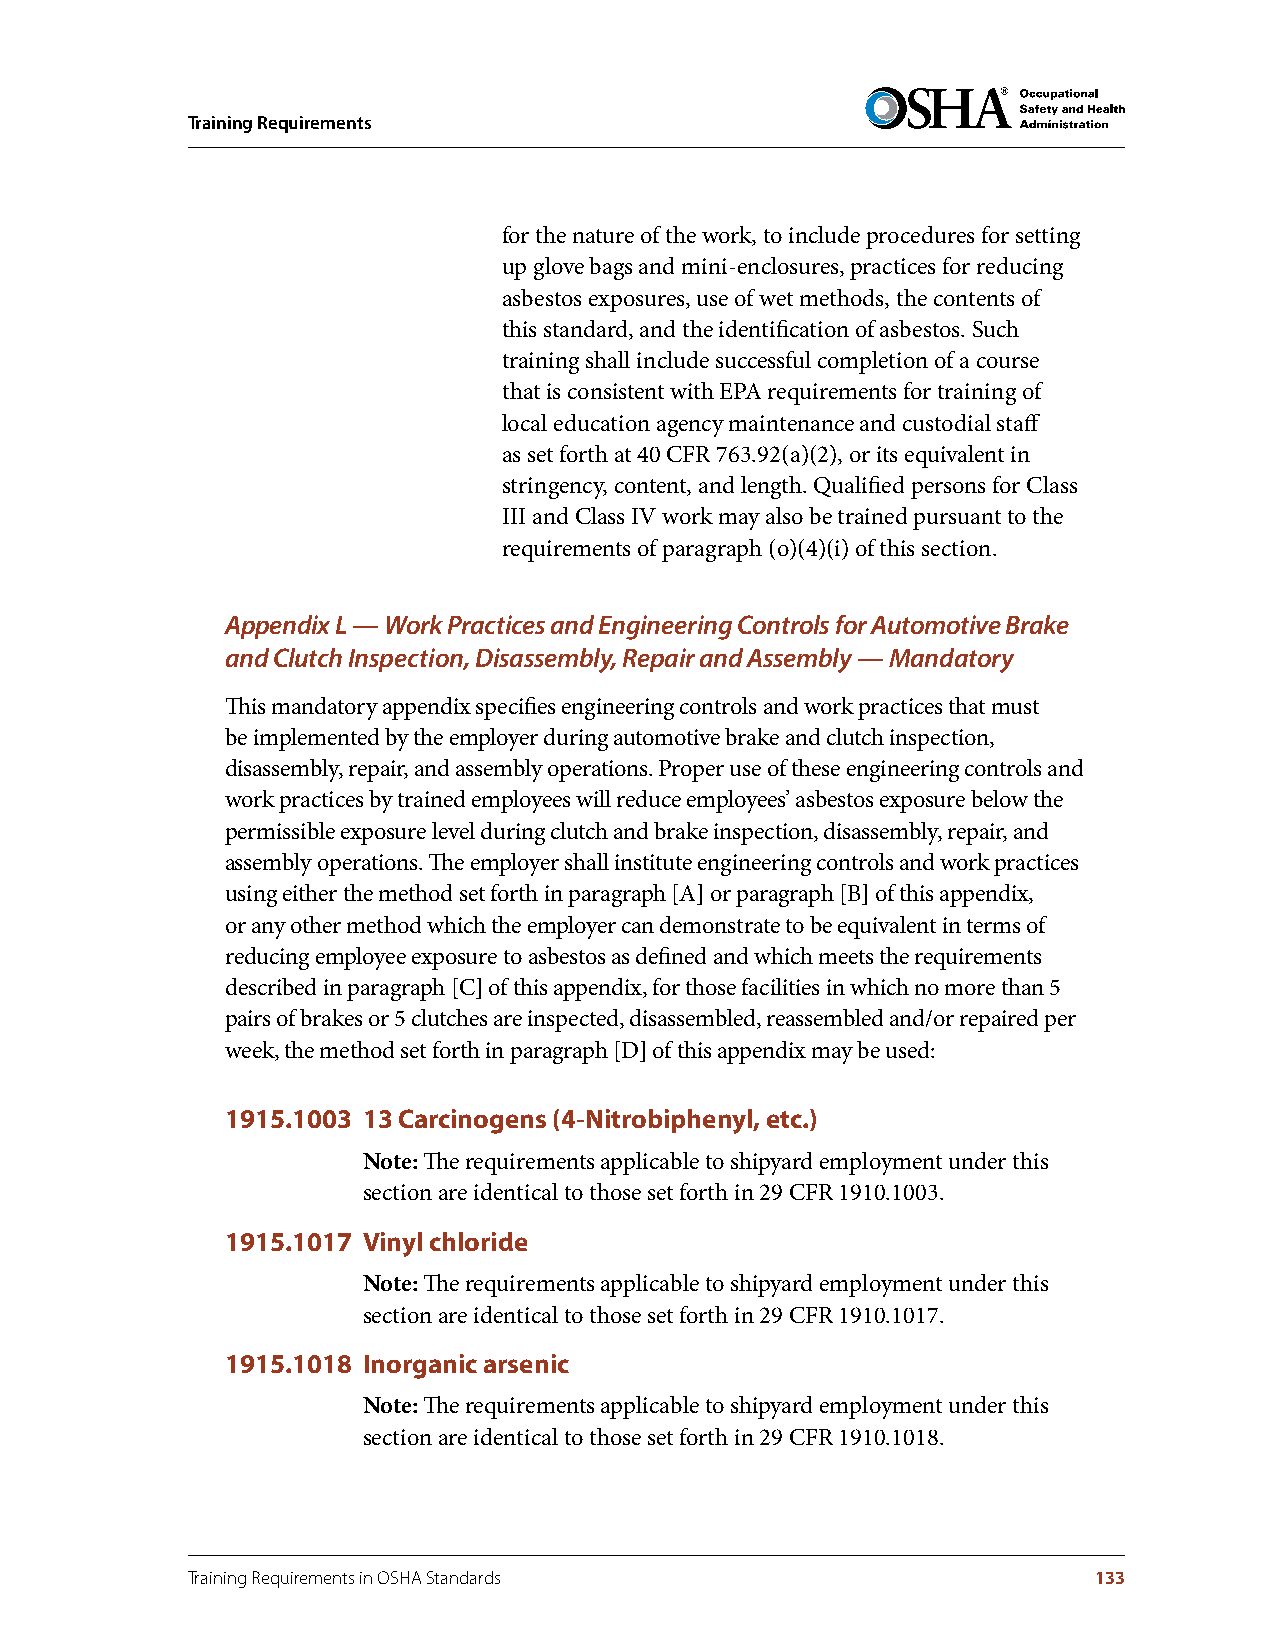
Training Requirements
 for the nature of the work, to include procedures for setting
 up glove bags and mini-enclosures, practices for reducing
 asbestos exposures, use of wet methods, the contents of
 this standard, and the identification of asbestos. Such
 training shall include successful completion of a course
 that is consistent with EPA requirements for training of
 local education agency maintenance and custodial staff
 as set forth at 40 CFR 763.92(a)(2), or its equivalent in
 stringency, content, and length. Qualified persons for Class
 III and Class IV work may also be trained pursuant to the
 requirements of paragraph (o)(4)(i) of this section.
 Appendix L — Work Practices and Engineering Controls for Automotive Brake
 and Clutch Inspection, Disassembly, Repair and Assembly — Mandatory
 This mandatory appendix specifies engineering controls and work practices that must
 be implemented by the employer during automotive brake and clutch inspection,
 disassembly, repair, and assembly operations. Proper use of these engineering controls and
 work practices by trained employees will reduce employees’ asbestos exposure below the
 permissible exposure level during clutch and brake inspection, disassembly, repair, and
 assembly operations. The employer shall institute engineering controls and work practices
 using either the method set forth in paragraph [A] or paragraph [B] of this appendix,
 or any other method which the employer can demonstrate to be equivalent in terms of
 reducing employee exposure to asbestos as defined and which meets the requirements
 described in paragraph [C] of this appendix, for those facilities in which no more than 5
 pairs of brakes or 5 clutches are inspected, disassembled, reassembled and/or repaired per
 week, the method set forth in paragraph [D] of this appendix may be used:
 1915.1003 13 Carcinogens (4-Nitrobiphenyl, etc.)
 Note: The requirements applicable to shipyard employment under this
 section are identical to those set forth in 29 CFR 1910.1003.
 1915.1017 Vinyl chloride
 Note: The requirements applicable to shipyard employment under this
 section are identical to those set forth in 29 CFR 1910.1017.
 1915.1018 Inorganic arsenic
 Note: The requirements applicable to shipyard employment under this
 section are identical to those set forth in 29 CFR 1910.1018.
 Training Requirements in OSHA Standards                     133